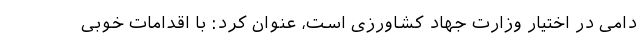
دامی در اختیار وزارت جهاد کشاورزی است، عنوان کرد: با اقدامات خوبی